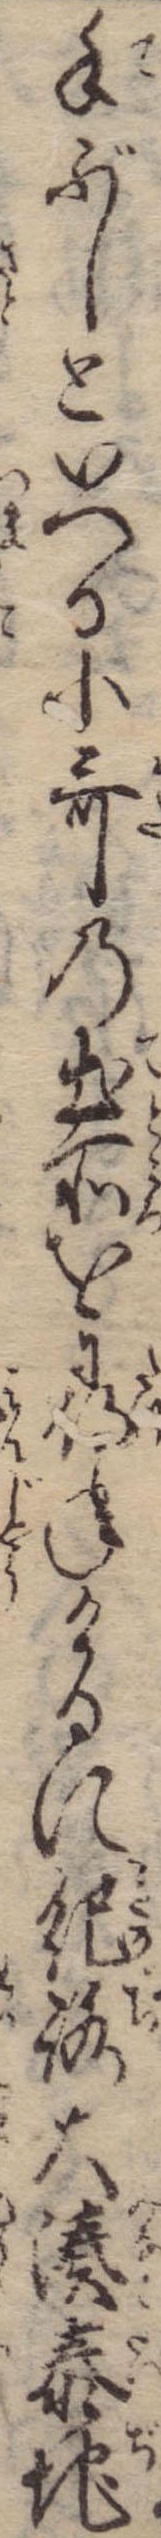
手ぶしといへる小歌の出所を尋ねけるに紀路大湊泰地